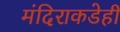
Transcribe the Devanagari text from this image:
मंदिराकडेही